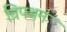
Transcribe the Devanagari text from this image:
विपथम